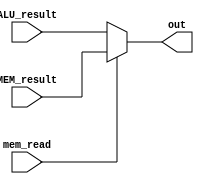
module WB_Stage(input[31:0] MEM_result, ALU_result, input mem_read, output[31:0] out);
  assign out = mem_read ? MEM_result : ALU_result;
endmodule